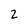
Character: 2